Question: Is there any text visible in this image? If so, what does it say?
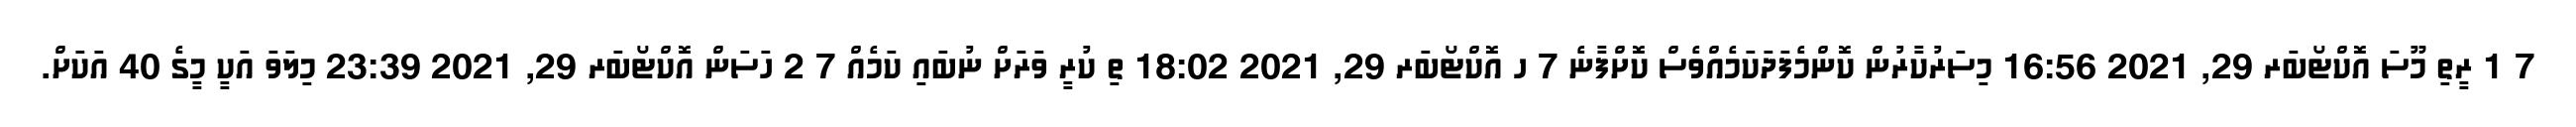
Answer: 7 1 ރީތި މޫސަ އޮކްޓޯބަރ 29, 2021 16:56 މިސަރުކާރުން ކޮންމެފަދަކަމެއްވެސް ކޮށްފާނެ 7 ހ އޮކްޓޯބަރ 29, 2021 18:02 ތި ކުރީ ވަރަށް ނުބައި ކަމެއް 7 2 ހަސަން އޮކްޓޯބަރ 29, 2021 23:39 މިލަވަ އަކީ މީގެ 40 އަކަށް.